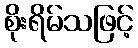
စိုးရိမ်သဖြင့်